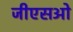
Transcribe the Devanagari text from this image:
जीएसओ